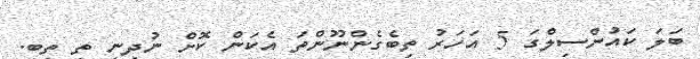
ބަލަ ކައުންސިލްގަ 5 އަހަރު ތިބެގެންނޫންތަ އެކަން ކޮށް ނުދިނީ ތި ތިބީ.